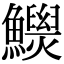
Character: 𩼾